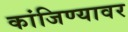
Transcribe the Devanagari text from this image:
कांजिण्यावर